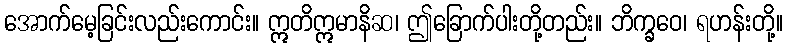
အောက်မေ့ခြင်းလည်းကောင်း။ ဣတိဣမာနိဆ၊ ဤခြောက်ပါးတို့တည်း။ ဘိက္ခဝေ၊ ရဟန်းတို့။